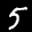
Label: 5